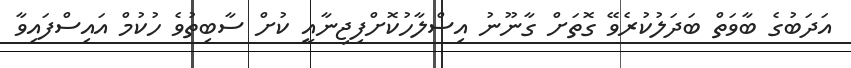
އަދަބުގެ ބާވަތް ބަދަލުކުރެވޭ ގޮތަށް ގާނޫނު އިސްލާހުކޮށްފިޖިނާއީ ކުށް ސާބިތުވެ ހުކުމް އައިސްފައިވާ